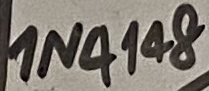
Text: IN4148